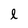
Character: l